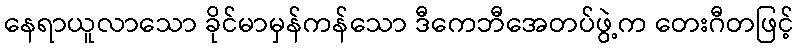
နေရာယူလာသော ခိုင်မာမှန်ကန်သော ဒီကေဘီအေတပ်ဖွဲ့က တေးဂီတဖြင့်